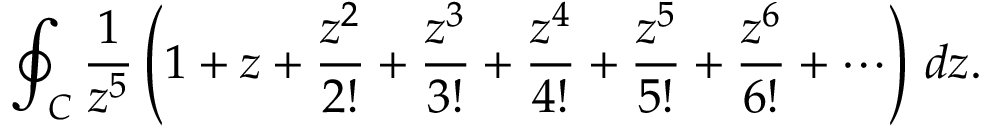
\oint _ { C } { \frac { 1 } { z ^ { 5 } } } \left( 1 + z + { \frac { z ^ { 2 } } { 2 ! } } + { \frac { z ^ { 3 } } { 3 ! } } + { \frac { z ^ { 4 } } { 4 ! } } + { \frac { z ^ { 5 } } { 5 ! } } + { \frac { z ^ { 6 } } { 6 ! } } + \cdots \right) \, d z .